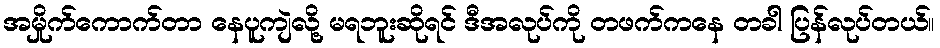
အမှိုက်ကောက်တာ နေပူကျဲလို့ မရဘူးဆိုရင် ဒီအလုပ်ကို တဖက်ကနေ တခါ ပြန်လုပ်တယ်။